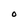
Character: 0